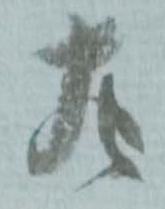
左